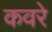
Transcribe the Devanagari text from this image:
कवरे